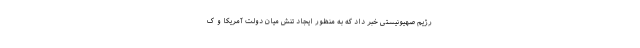
رژیم صهیونیستی خبر داد که به منظور ایجاد تنش میان دولت آمریکا و ک